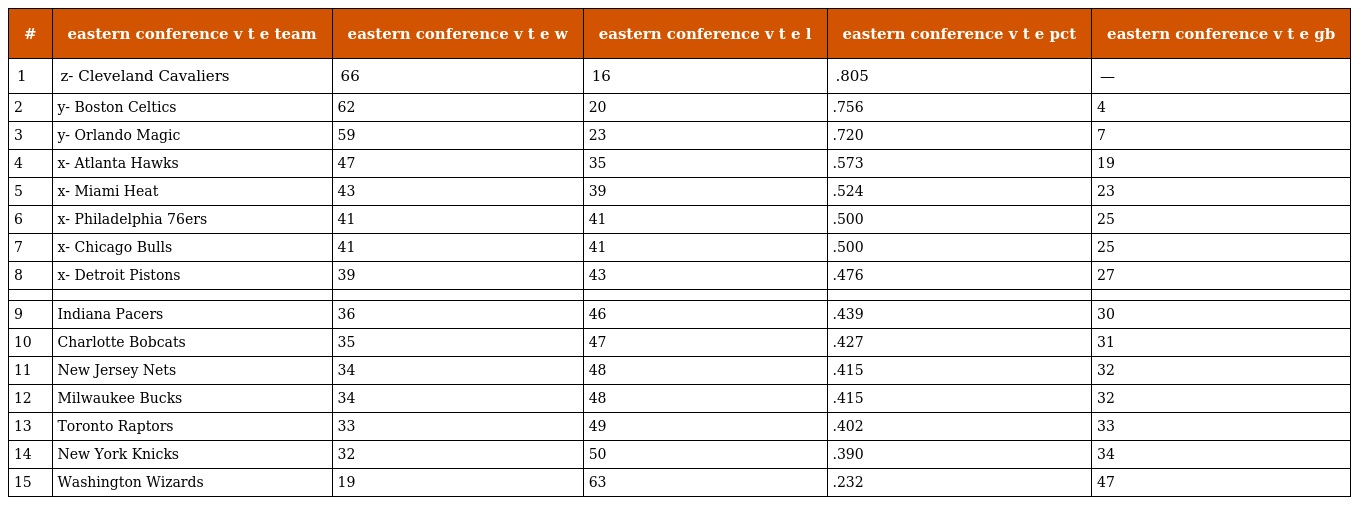
| # | eastern conference v t e team | eastern conference v t e w | eastern conference v t e l | eastern conference v t e pct | eastern conference v t e gb |
 | --- | --- | --- | --- | --- | --- |
 | 1 | z- Cleveland Cavaliers | 66 | 16 | .805 | — |
 | 2 | y- Boston Celtics | 62 | 20 | .756 | 4 |
 | 3 | y- Orlando Magic | 59 | 23 | .720 | 7 |
 | 4 | x- Atlanta Hawks | 47 | 35 | .573 | 19 |
 | 5 | x- Miami Heat | 43 | 39 | .524 | 23 |
 | 6 | x- Philadelphia 76ers | 41 | 41 | .500 | 25 |
 | 7 | x- Chicago Bulls | 41 | 41 | .500 | 25 |
 | 8 | x- Detroit Pistons | 39 | 43 | .476 | 27 |
 |  |  |  |  |  |  |
 | 9 | Indiana Pacers | 36 | 46 | .439 | 30 |
 | 10 | Charlotte Bobcats | 35 | 47 | .427 | 31 |
 | 11 | New Jersey Nets | 34 | 48 | .415 | 32 |
 | 12 | Milwaukee Bucks | 34 | 48 | .415 | 32 |
 | 13 | Toronto Raptors | 33 | 49 | .402 | 33 |
 | 14 | New York Knicks | 32 | 50 | .390 | 34 |
 | 15 | Washington Wizards | 19 | 63 | .232 | 47 |